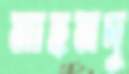
মাহমদু